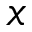
\boldsymbol { x }